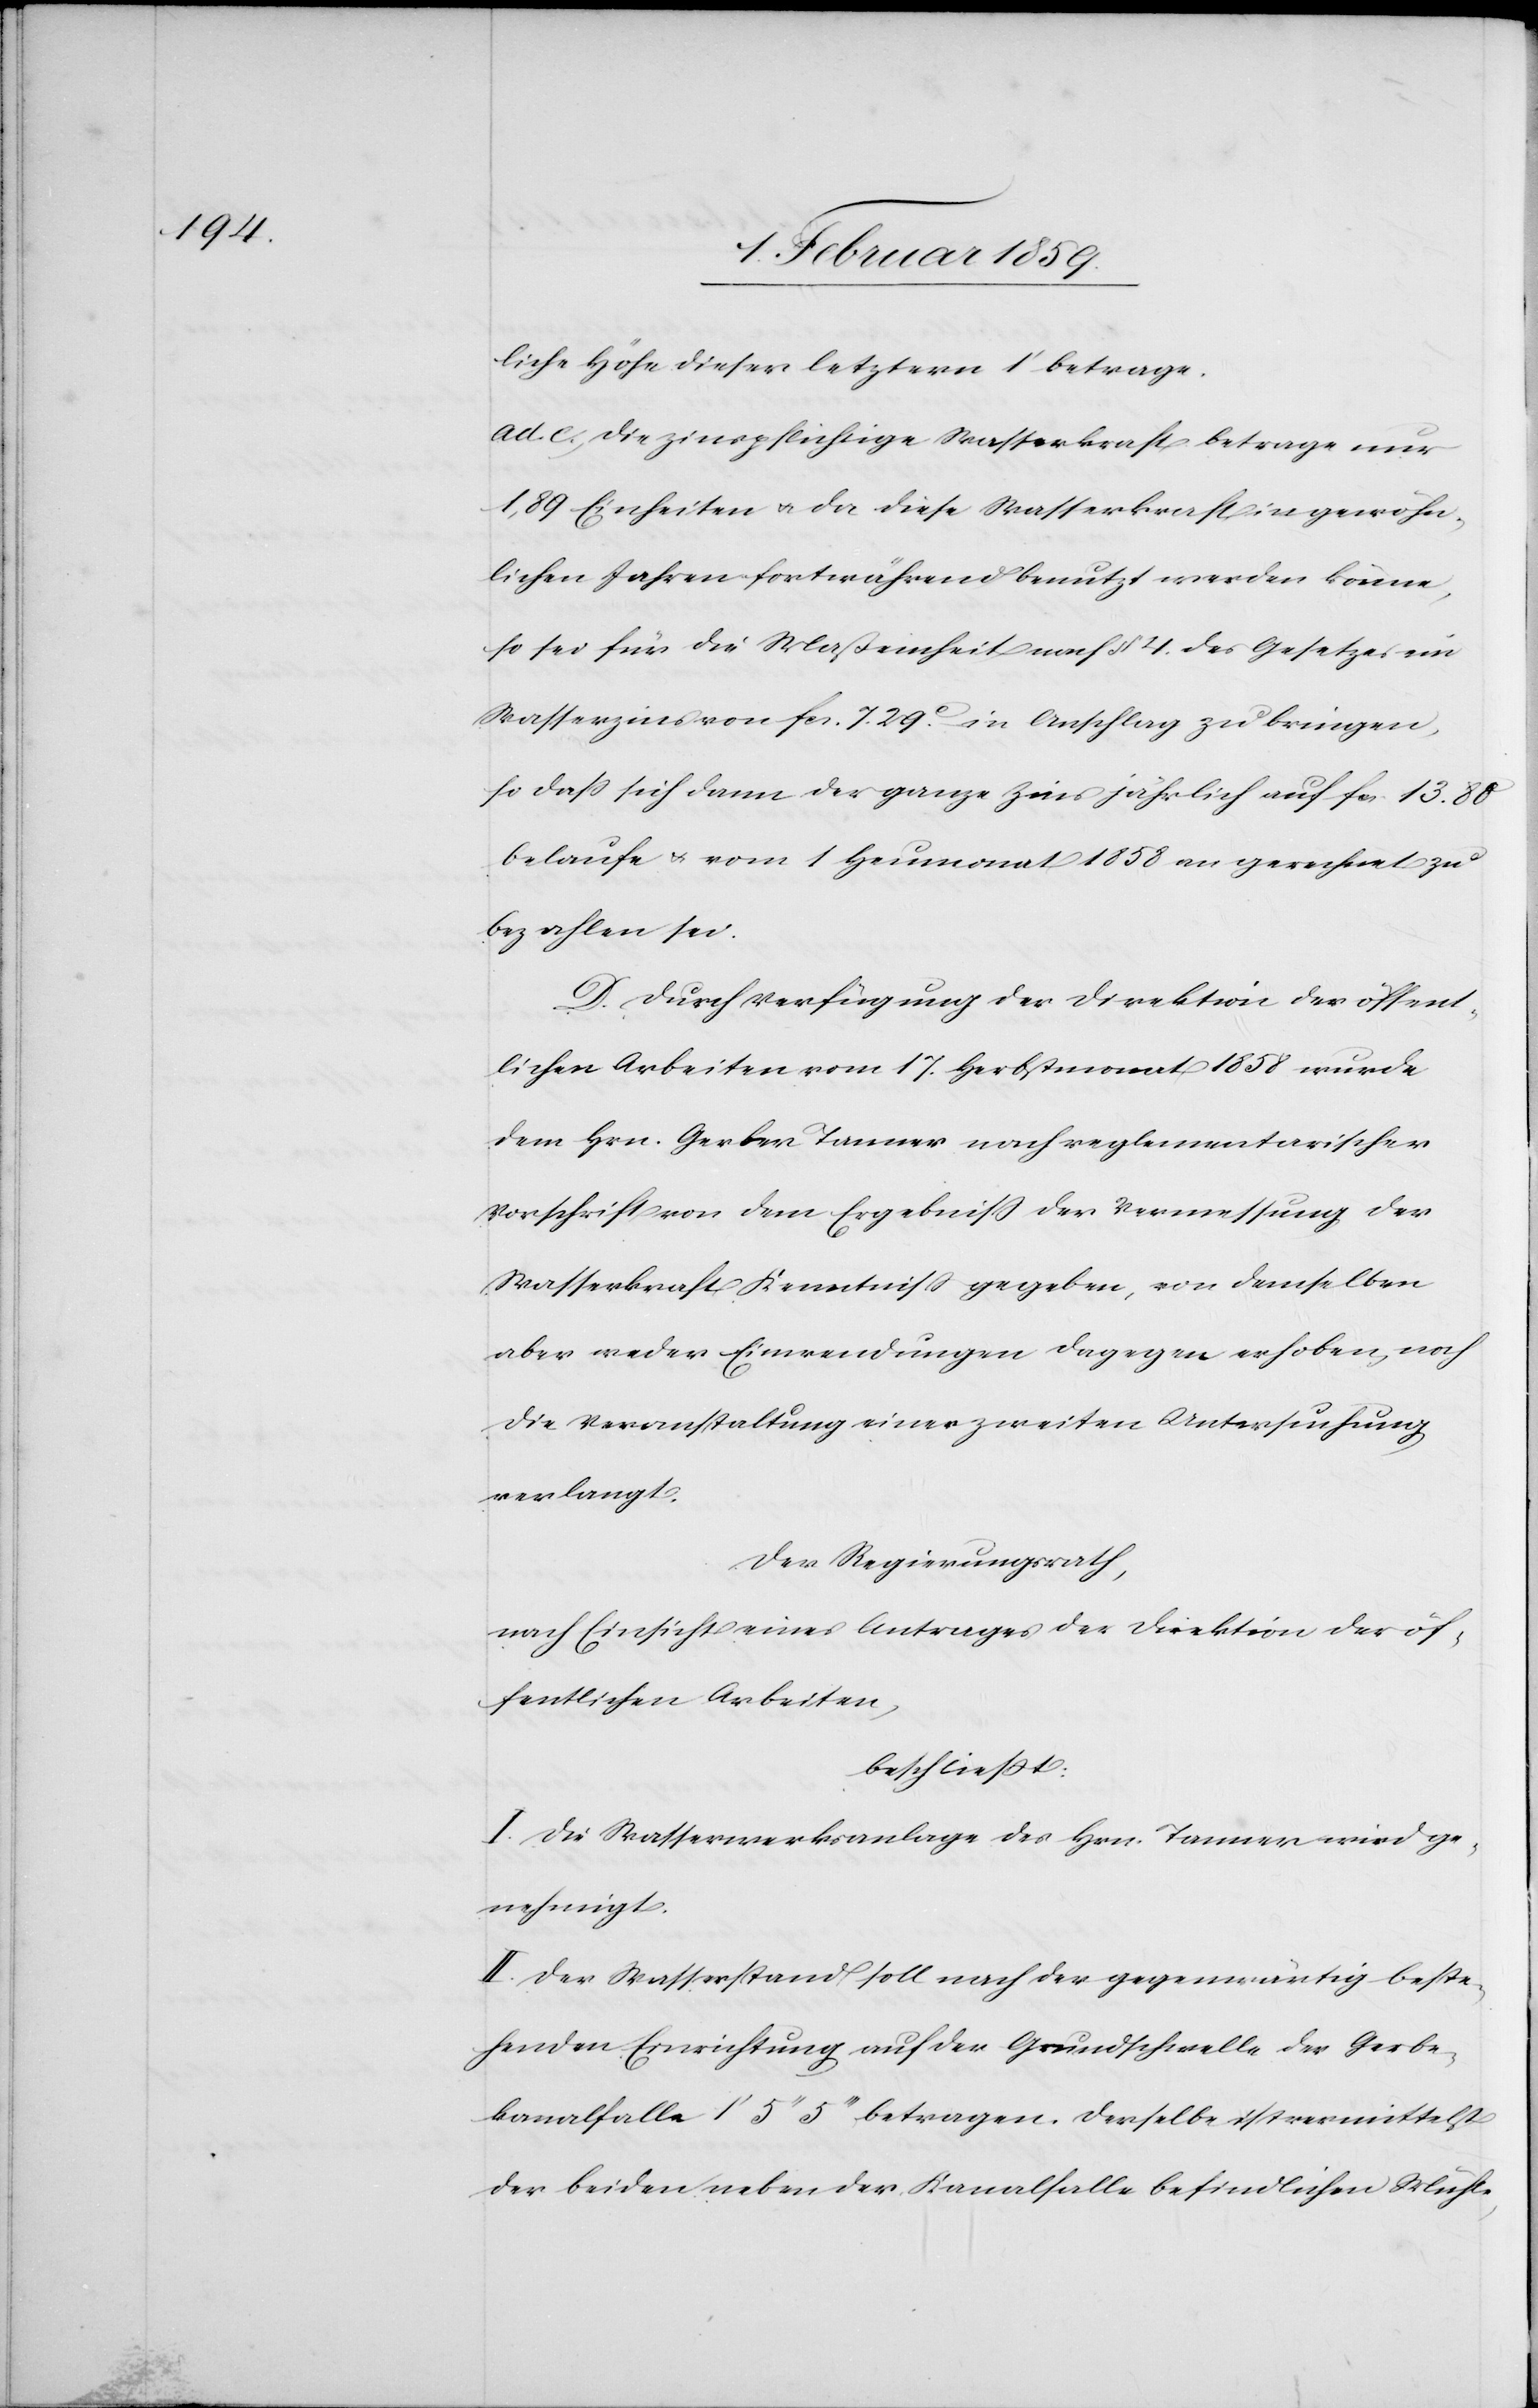
liche Höhe dieser letztern 1' betrage.
ad. c., die zinspflichtige Wasserkraft betrage nur
1,89 Einheiten u. da diese Wasserkraft in gewöhn¬
lichen Jahren fortwährend benutzt werden könne,
so sei für die Maßeinheit nach § 4. des Gesetzes ein
Wasserzins von fcs. 7. 29c. in Anschlag zu bringen,
so daß sich dann der ganze Zins jährlich auf fcs. 13. 88
belaufe u. vom 1 Heumonat 1858 an gerechnet zu
bezahlen sei.
D. Durch Verfügung der Direktion der öffent¬
lichen Arbeiten vom 17. Herbstmonat 1858 wurde
dem Hrn. Gerber Tanner nach reglementarischer
Vorschrift von dem Ergebniß der Vermessung der
Wasserkraft Kenntniß gegeben, von denselben
aber weder Einwendungen dagegen erhoben, noch
die Veranstaltung einer zweiten Untersuchung
verlangt.
Der Regierungsrath,
nach Einsicht eines Antrages der Direktion der öf¬
fentlichen Arbeiten,
beschließt:
I. Die Wasserwerksanlage des Hrn. Tanner wird ge¬
nehmigt.
II. Der Wasserstand soll nach der gegenwärtig beste¬
henden Einrichtung auf der Grundschwelle der Gerbe¬
kanalfalle 1' 5" 5"' betragen. Derselbe ist vermittelst
der beiden neben der Kanalfalle befindlichen Mühle-